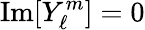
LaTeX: {\mathrm{Im}}[Y_{\ell}^{m}]=0